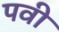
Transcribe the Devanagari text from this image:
पवी